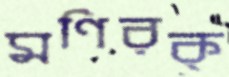
মণিরক্